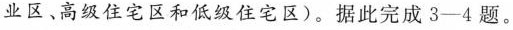
业区、高级住宅区和低级住宅区)。据此完成 3- 4 题。